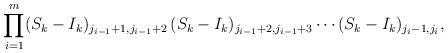
LaTeX: \begin{align*} \prod_{i=1}^m (S_k-I_k)_{j_{i-1}+1, j_{i-1}+2}\,(S_k-I_k)_{j_{i-1}+2, j_{i-1}+3} \cdots (S_k-I_k)_{j_i-1,j_i}, \end{align*}